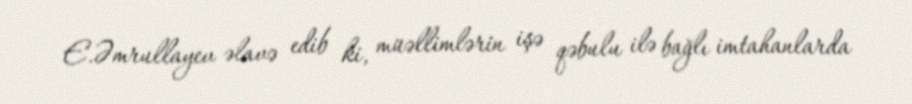
E.Əmrullayev əlavə edib ki, müəllimlərin işə qəbulu ilə bağlı imtahanlarda